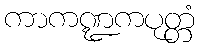
ကာကဏ္ဍကပုတ္တံ